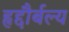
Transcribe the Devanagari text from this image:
हृद्दौर्बल्य